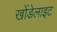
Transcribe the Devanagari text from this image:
खोंडेलाइट